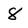
Character: 8